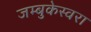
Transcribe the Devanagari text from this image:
जम्बुकेस्वरा